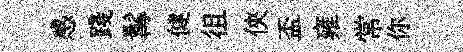
感踐髯健徂俠盃雍常你